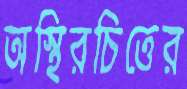
অস্থিরচিত্তের